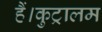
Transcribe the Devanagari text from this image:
हैं।कुट्रालम